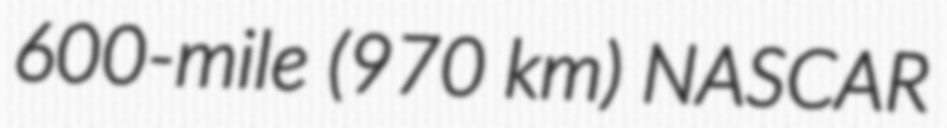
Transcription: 600-mile (970 km) NASCAR